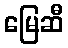
မြေဆီ